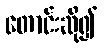
တောင်းဆို၍